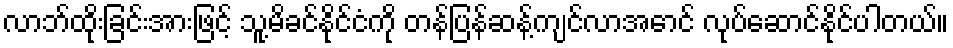
လာဘ်ထိုးခြင်းအားဖြင့် သူ့မိခင်နိုင်ငံကို တန်ပြန်ဆန့်ကျင်လာအောင် လုပ်ဆောင်နိုင်ပါတယ်။